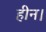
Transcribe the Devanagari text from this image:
हीन।